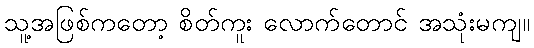
သူ့အဖြစ်ကတော့ စိတ်ကူး လောက်တောင် အသုံးမကျ။